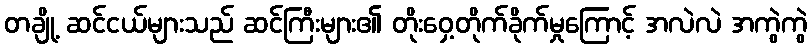
တချို့ ဆင်ငယ်များသည် ဆင်ကြီးများ၏ တိုးဝှေ့တိုက်ခိုက်မှုကြောင့် အလဲလဲ အကွဲကွဲ